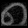
Digit: ၈